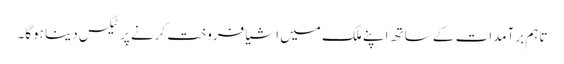
تاہم برآمدات کے ساتھ اپنے ملک میں اشیا فروخت کرنے پر ٹیکس دینا ہوگا۔